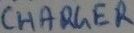
Text: CHARGER